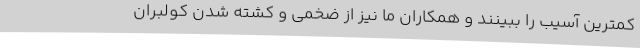
کمترین آسیب را ببینند و همکاران ما نیز از ضخمی و کشته شدن کولبران